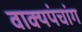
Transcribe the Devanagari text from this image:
वाक्यपंचांग